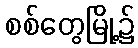
စစ်တွေမြို့၌